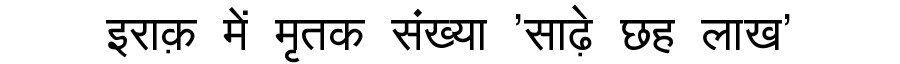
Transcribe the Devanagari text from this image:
इराक़ में मृतक संख्या 'साढ़े छह लाख'